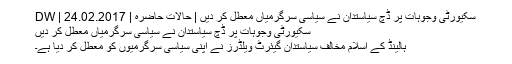
سکیورٹی وجوہات پر ڈچ سیاستدان نے سیاسی سرگرمیاں معطل کر دیں | حالات حاضرہ | DW | 24.02.2017
سکیورٹی وجوہات پر ڈچ سیاستدان نے سیاسی سرگرمیاں معطل کر دیں
ہالینڈ کے اسلام مخالف سیاستدان گیئرٹ ویلڈرز نے اپنی سیاسی سرگرمیوں کو معطل کر دیا ہے۔